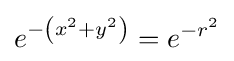
e^{-\left(x^{2}+y^{2}\right)}=e^{-r^{2}}